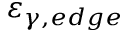
\varepsilon _ { \gamma , e d g e }